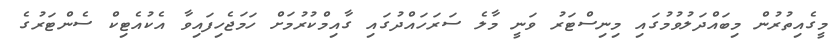
މީގެއިތުރުން މިބައްދަލުވުމުގައި މިނިސްޓަރު ވަނީ މާލެ ސަރަހައްދުގައި ގާއިމްކުރުމަށް ހަމަޖެހިފައިވާ އެކުއެޓިކް ސެންޓަރުގެ